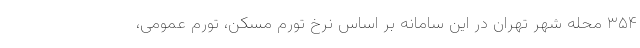
۳۵۴ محله شهر تهران در این سامانه بر اساس نرخ تورم مسکن، تورم عمومی،